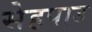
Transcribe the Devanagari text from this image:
सेहपाउ